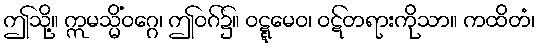
ဤသို့။ ဣမသ္မိံဝဂ္ဂေ၊ ဤဝဂ်၌။ ဝဋ္ဋမေဝ၊ ဝဋ်တရားကိုသာ။ ကထိတံ၊